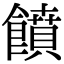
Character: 饙